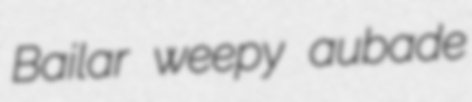
Bailar weepy aubade